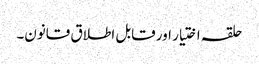
حلقہ اختیار اور قابل اطلاق قانون۔